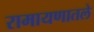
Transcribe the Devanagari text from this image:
रामायणातले